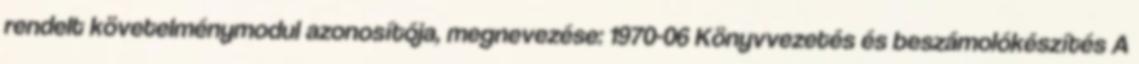
rendelt követelménymodul azonosítója, megnevezése: 1970-06 Könyvvezetés és beszámolókészítés A